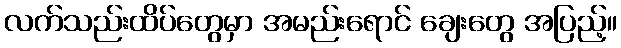
လက်သည်းထိပ်တွေမှာ အမည်းရောင် ချေးတွေ အပြည့်။